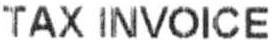
TAX INVOICE